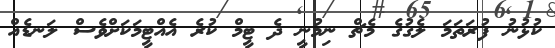
ކުޅުނު ފުރަތަމަ ލެގުގެ މެޗް ނިމުނީ ދެ ޓީމް ކުރެ އެއްޓީމަކަށްވެސް ލަނޑެއް